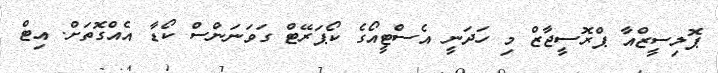
ޕޮލިސީޒްއާ ޕްރޮސީޖާޒް މި ހަދަނީ އެސްޓީއޯގެ ކޯޕަރޭޓް ގަވަނަންސް ކޯޑާ އެއްގޮތަށް. އިޓް